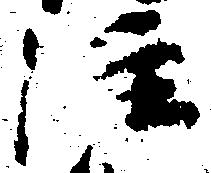
注